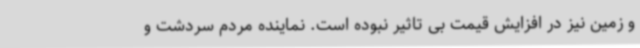
و زمین نیز در افزایش قیمت بی تاثیر نبوده است. نماینده مردم سردشت و